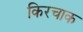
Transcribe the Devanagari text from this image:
किरचाक